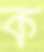
ক